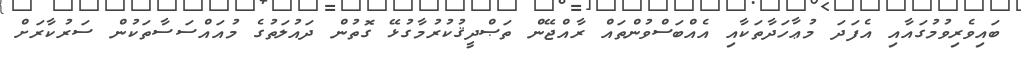
ބައިވެރިވުމުގައާއި އެފަދަ މުޢާހަދާތަކާއި އެއްބަސްވުންތައް ރާއްޖޭން ތަޞްދީޤުކުރުމާގުޅޭ ގޮތުން ދައުލަތުގެ މުއައްސަސާތަކުން ސަރުކާރަށް